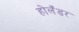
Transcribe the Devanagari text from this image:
होलॅंडर